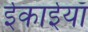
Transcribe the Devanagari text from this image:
ईकाईयाँ